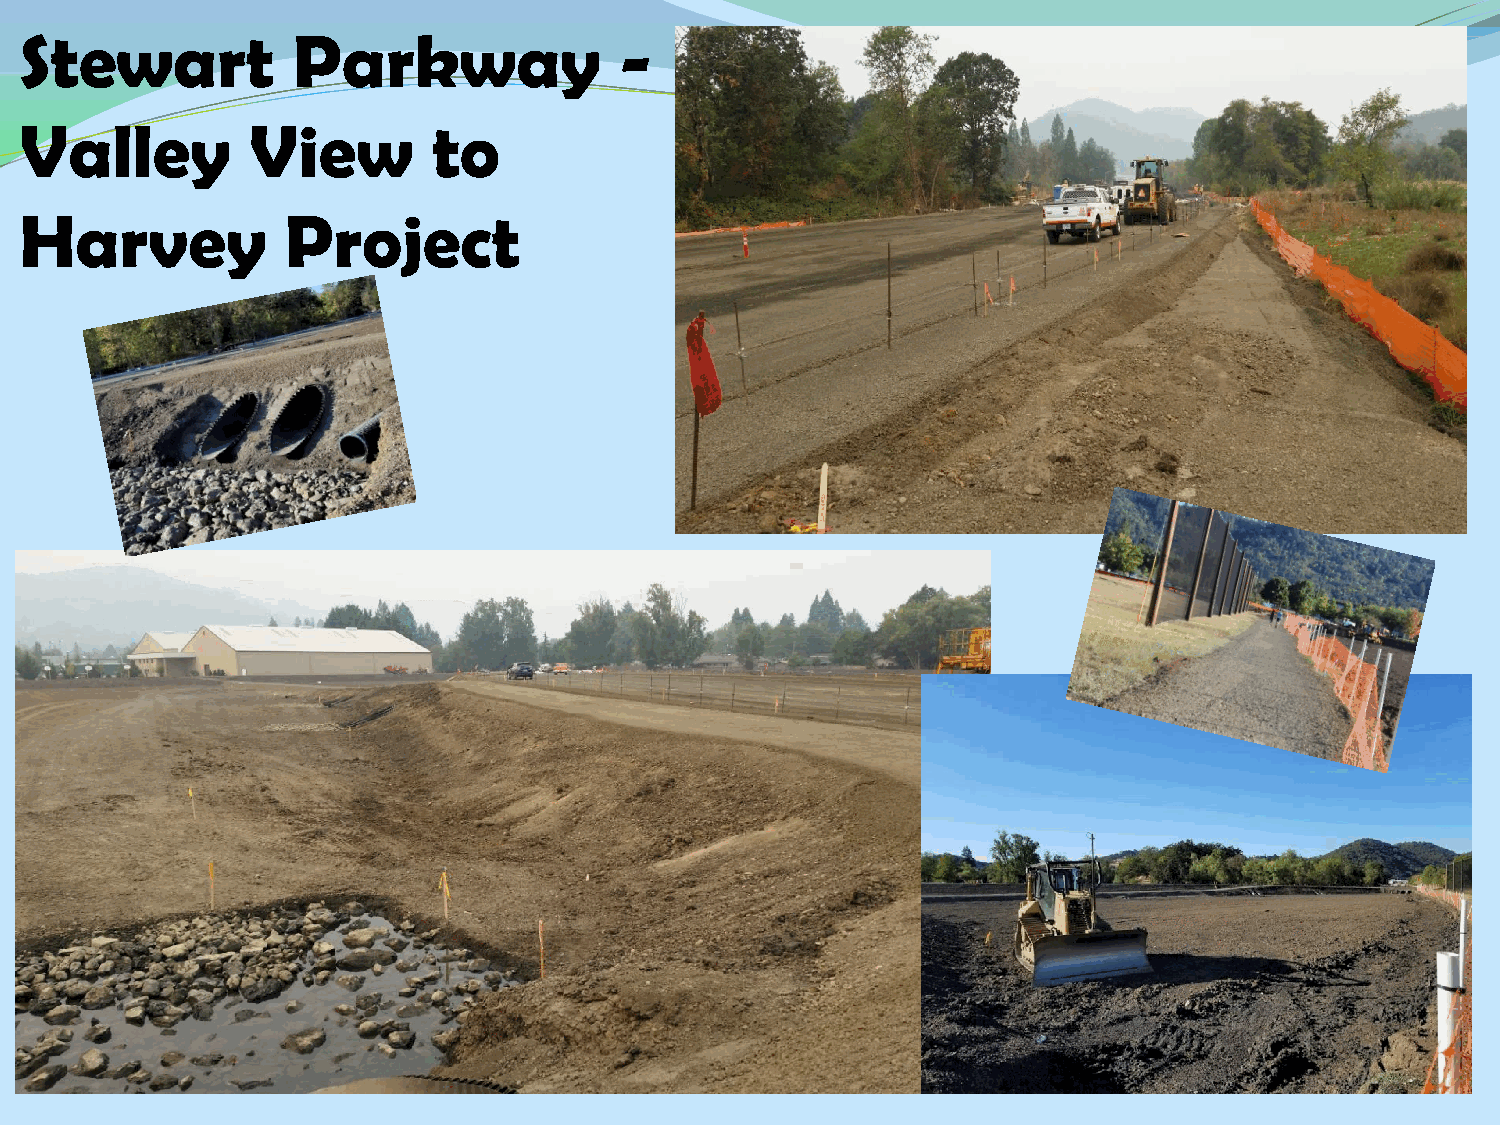
Stewart           Parkway               -
 Valley         View         to
 Harvey            Project